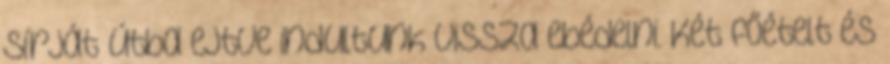
sírját útba ejtve indultunk vissza ebédelni. Két főételt és